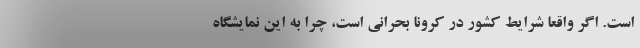
است. اگر واقعا شرایط کشور در کرونا بحرانی است، چرا به این نمایشگاه